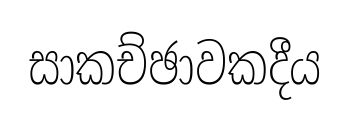
සාකච්ඡාවකදීය